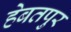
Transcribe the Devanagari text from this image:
हेबतपुर